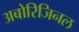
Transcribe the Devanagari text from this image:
अबोरिजिनल